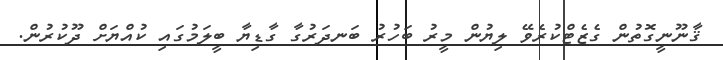
ޤާނޫނީގޮތުން ގެޒެޓްކުރެވޭ ލިޔުން މީރު ބަހުރު ބަނދަރުގާ ގާޑިޔާ ބީލަމުގައި ކުއްޔަށް ދޫކުރުން.